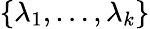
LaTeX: \{ \lambda_{1},\ldots,\lambda_{k}\}